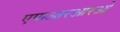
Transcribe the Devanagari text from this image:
एफआरआरओ